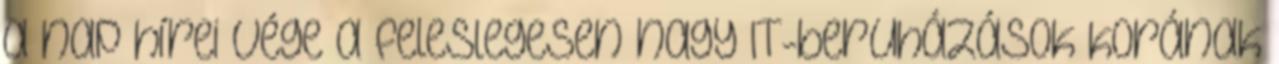
a nap hírei Vége a feleslegesen nagy IT-beruházások korának